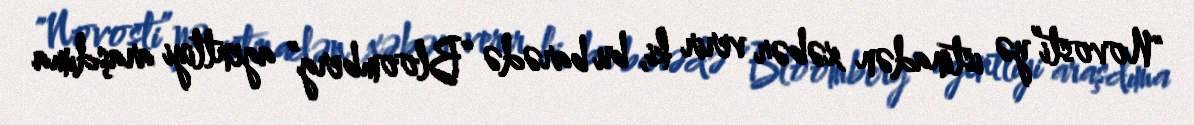
"Novosti”yə istinadən xəbər verir ki, bu barədə “Bloomberg” agentliyi araşdıma